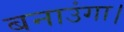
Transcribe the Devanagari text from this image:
बनाउंगा।